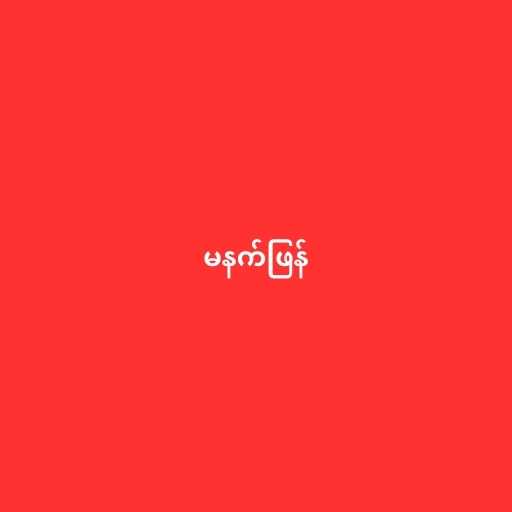
မနက်ဖြန်